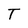
Character: T